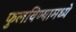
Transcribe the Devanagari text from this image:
फुलविण्यामध्ये